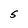
Character: S